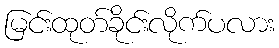
မြင်းထုတ်ခိုင်းလိုက်ပလား